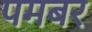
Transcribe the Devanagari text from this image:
पमबर